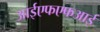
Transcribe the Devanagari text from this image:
आईएफएफआई